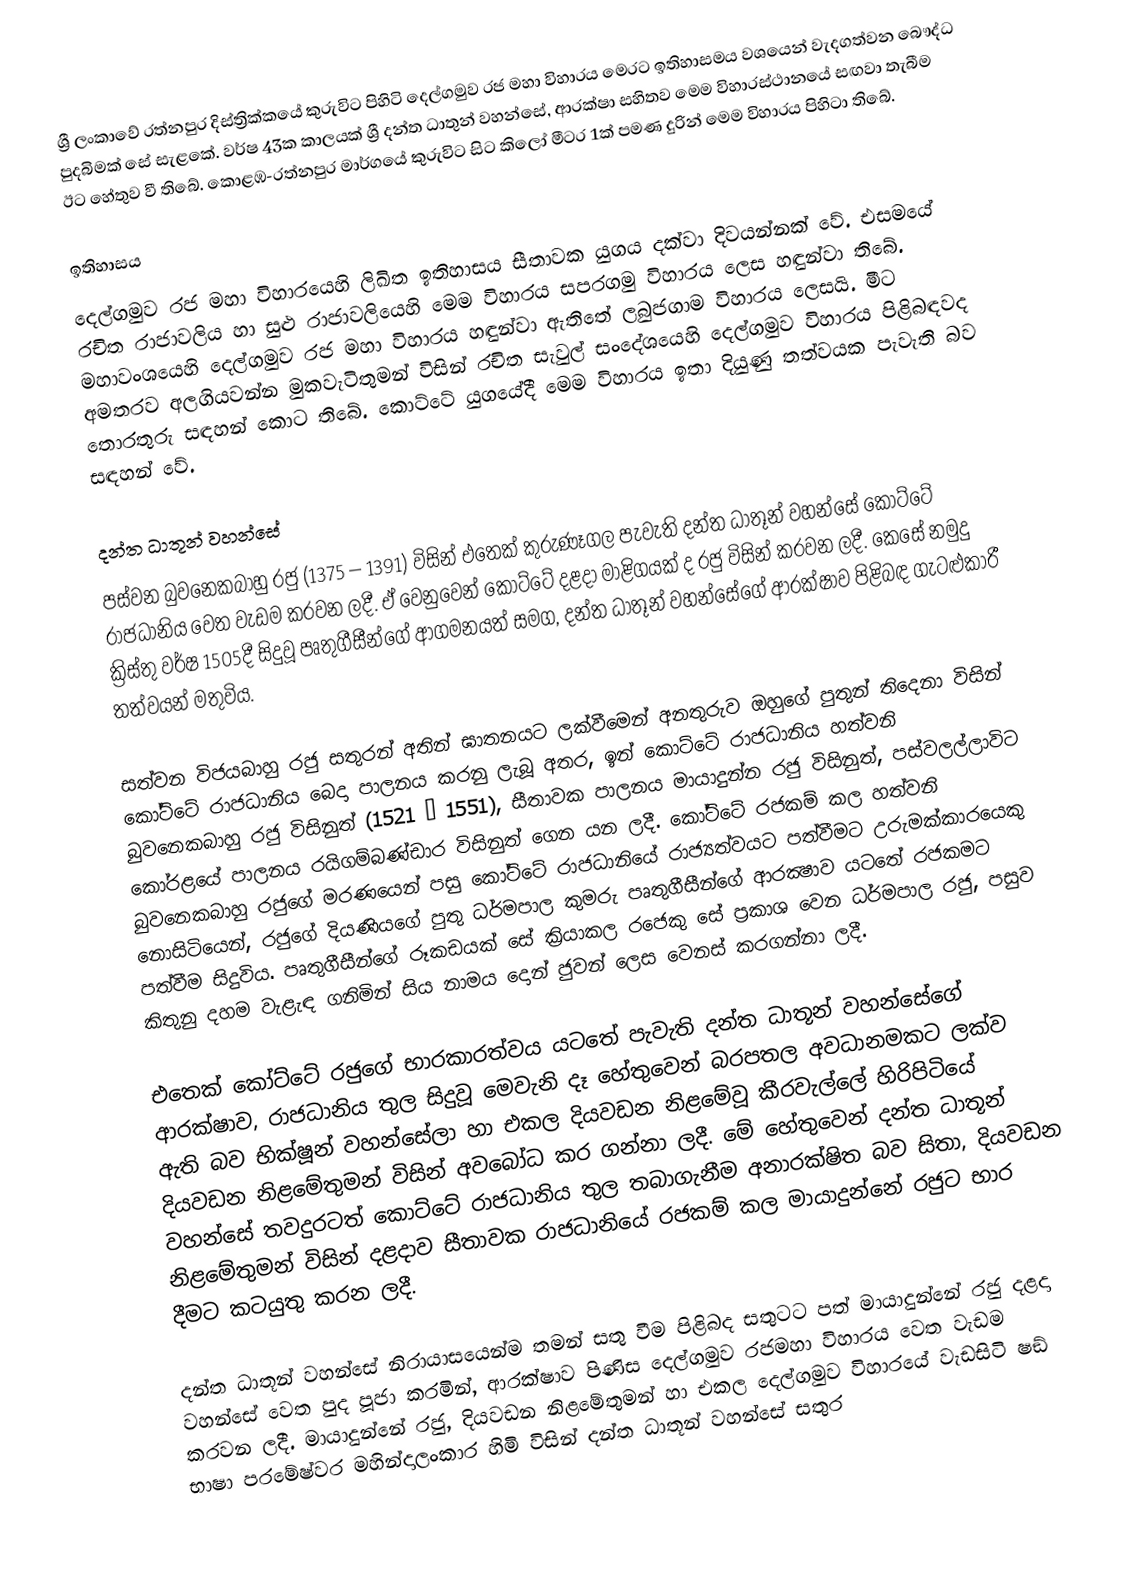
ශ්‍රී ලංකාවේ රත්නපුර දිස්ත්‍රික්කයේ කුරුවිට පිහිටි දෙල්ගමුව රජ මහා විහාරය මෙරට ඉතිහාසමය වශයෙන් වැදගත්වන බෞද්ධ පුදබිමක් සේ සැළකේ. වර්ෂ 43ක කාලයක් ශ්‍රී දන්ත ධාතුන් වහන්සේ, ආරක්ෂා සහිතව මෙම විහාරස්ථානයේ සඟවා තැබීම ඊට හේතුව වී තිබේ. කොළඹ-රත්නපුර මාර්ගයේ කුරුවිට සිට කිලෝ මීටර 1ක් පමණ දුරින් මෙම විහාරය පිහිටා තිබේ.

ඉතිහාසය
දෙල්ගමුව රජ මහා විහාරයෙහි ලිඛිත ඉතිහාසය සීතාවක යුගය දක්වා දිවයන්නක් වේ. එසමයේ රචිත රාජාවලිය හා සුළු රාජාවලියෙහි මෙම විහාරය සපරගමු විහාරය ලෙස හඳුන්වා තිබේ. මහාවංශයෙහි දෙල්ගමුව රජ මහා විහාරය හඳුන්වා ඇතිතේ ලබුජගාම විහාරය ලෙසයි. මීට අමතරව අලගියවන්න මුකවැටිතුමන් විසින් රචිත සැවුල් සංදේශයෙහි දෙල්ගමුව විහාරය පිළිබඳවද තොරතුරු සඳහන් කොට තිබේ. කොට්ටේ යුගයේදී මෙම විහාරය ඉතා දියුණු තත්වයක පැවැති බව සඳහන් වේ.

දන්ත ධාතූන් වහන්සේ
පස්වන බුවනෙකබාහු රජු (1375 – 1391) විසින් එතෙක් කුරුණෑගල පැවැති දන්ත ධාතූන් වහන්සේ කෝට්ටේ රාජධානිය වෙත වැඩම කරවන ලදී. ඒ වෙනුවෙන් කොට්ටේ දළදා මාළිගයක් ද රජු විසින් කරවන ලදී. කෙසේ නමුදු ක්‍රිස්තු වර්ෂ 1505දී සිදුවූ පෘතුගීසීන්ගේ ආගමනයත් සමග, දන්ත ධාතූන් වහන්සේගේ ආරක්ෂාව පිළිබඳ ගැටළුකාරී තත්වයන් මතුවිය.

සත්වන විජයබාහු රජු සතුරන් අතින් ඝාතනයට ලක්වීමෙන් අනතුරුව ඔහුගේ පුතුන් තිදෙනා විසින් කෝට්ටේ රාජධානිය බෙදා පාලනය කරනු ලැබූ අතර, ඉන් කොට්ටේ රාජධානිය හත්වනි බුවනෙකබාහු රජු විසිනුත් (1521 – 1551), සීතාවක පාලනය මායාදුන්න රජු විසිනුත්, පස්වලල්ලාවිට කෝරළයේ පාලනය රයිගම්බණ්ඩාර විසිනුත් ගෙන යන ලදී. කෝට්ටේ රජකම් කල හත්වනි බුවනෙකබාහු රජුගේ මරණයෙන් පසු කෝට්ටේ රාජධානියේ රාජ්‍යත්වයට පත්වීමට උරුමක්කාරයෙකු නොසිටියෙන්, රජුගේ දියණියගේ පුතු ධර්මපාල කුමරු පෘතුගීසීන්ගේ ආරක්‍ෂාව යටතේ රජකමට පත්වීම සිදුවිය. පෘතුගීසීන්ගේ රූකඩයක් සේ ක්‍රියාකල රජෙකු සේ ප්‍රකාශ වෙන ධර්මපාල රජු, පසුව කිතුනු දහම වැළැඳ ගනිමින් සිය නාමය දොන් ජුවන් ලෙස වෙනස් කරගන්නා ලදී.

එතෙක් කෝට්ටේ රජුගේ භාරකාරත්වය යටතේ පැවැති දන්ත ධාතූන් වහන්සේගේ ආරක්ෂාව, රාජධානිය තුල සිදුවූ මෙවැනි දෑ හේතුවෙන් බරපතල අවධානමකට ලක්ව ඇති බව භික්ෂූන් වහන්සේලා හා එකල දියවඩන නිළමේවූ කීරවැල්ලේ හිරිපිටියේ දියවඩන නිළමේතුමන් විසින් අවබෝධ කර ගන්නා ලදී. මේ හේතුවෙන් දන්ත ධාතූන් වහන්සේ තවදුරටත් කොට්ටේ රාජධානිය තුල තබාගැනීම අනාරක්ෂිත බව සිතා, දියවඩන නිළමේතුමන් විසින් දළදාව සීතාවක රාජධානියේ රජකම් කල මායාදුන්නේ රජුට භාර දීමට කටයුතු කරන ලදී.

දන්ත ධාතූන් වහන්සේ නිරායාසයෙන්ම තමන් සතු වීම පිළිබද සතුටට පත් මායාදුන්නේ රජු දළදා වහන්සේ වෙත පුද පූජා කරමින්, ආරක්ෂාව පිණිස දෙල්ගමුව රජමහා විහාරය වෙත වැඩම කරවන ලදී. මායාදුන්නේ රජු, දියවඩන නිළමේතුමන් හා එකල දෙල්ගමුව විහාරයේ වැඩසිටි ෂඞ් භාෂා පරමේෂ්වර මහින්දාලංකාර හිමි විසින් දන්ත ධාතූන් වහන්සේ සතුර